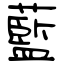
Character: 藍